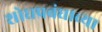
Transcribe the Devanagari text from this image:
शोधप्रबंधाच्या